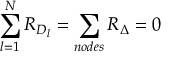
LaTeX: \sum _ { l = 1 } ^ { N } { \cal R } _ { D _ { l } } = \sum _ { n o d e s } { \cal R } _ { \Delta } = 0